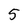
Character: 5